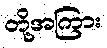
တို့အကြား